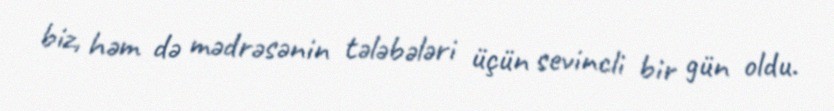
biz, həm də mədrəsənin tələbələri üçün sevincli bir gün oldu.